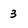
Character: 3